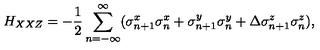
H _ { X X Z } = - \frac { 1 } { 2 } \sum _ { n = - \infty } ^ { \infty } ( \sigma _ { n + 1 } ^ { x } \sigma _ { n } ^ { x } + \sigma _ { n + 1 } ^ { y } \sigma _ { n } ^ { y } + \Delta \sigma _ { n + 1 } ^ { z } \sigma _ { n } ^ { z } ) ,